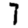
Digit: 7